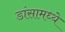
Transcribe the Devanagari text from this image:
डांसामध्ये